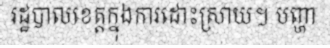
រដ្ឋបាលខេត្តក្នុងការដោះស្រាយ។ បញ្ហា